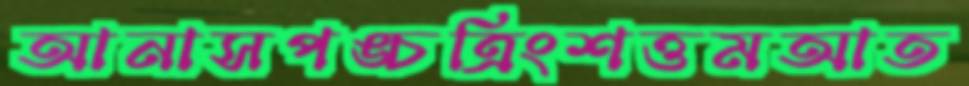
আনাসপঙ্চত্রিংশত্তমআত